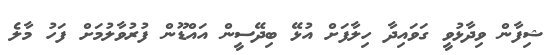
ޝިފާން ވިދާޅުވީ ގަވައިދާ ހިލާފަށް އުޅޭ ބިދޭސީން އައްޑޫން ފުރުވާލުމަށް ފަހު މާލެ